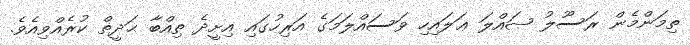
ތިމަންމެން ރަސޫލު ޞައްލަ ޢަލައިހި ވަސައްލަމަގެ އަރިހުގައި އިށީދެ ތިއްބާ ޙަދީޡް ކުރެއްވިއެވެ.